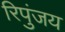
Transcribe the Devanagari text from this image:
रिपुंजय